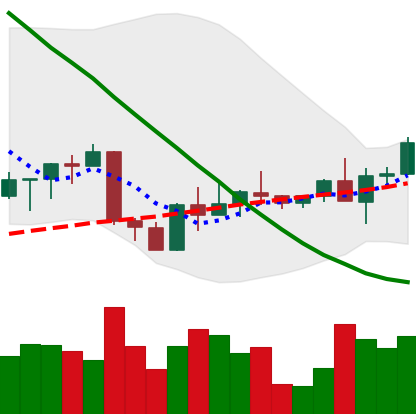
Ticker: ETH-USD
Chart end date: 2022-09-09
Forward return: -4.905%
Label: down_3_5